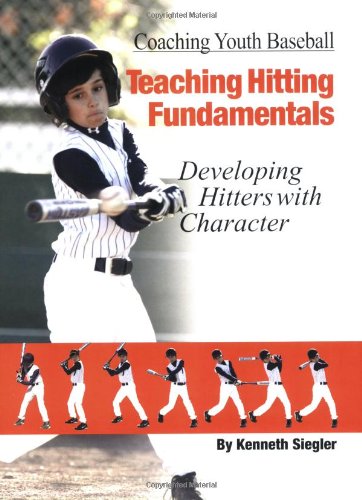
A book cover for Coaching Youth Baseball: Teaching Hitting Fundamentals; Kenneth Siegler; Sports & Outdoors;